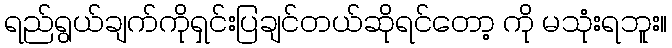
ရည်ရွယ်ချက်ကိုရှင်းပြချင်တယ်ဆိုရင်တော့ ကို မသုံးရဘူး။